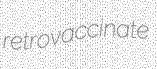
retrovaccinate